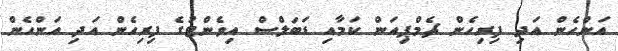
އަންހެން އަދި ފިރިހެން ޗެމްޕިއަން ކަމާއި ޑަބަލްސް އިވެންޓުގެ ފިރިހެން އަދި އަންހެން